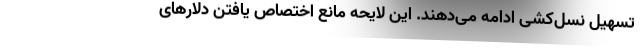
تسهیل نسل‌کشی ادامه می‌دهند. این لایحه مانع اختصاص یافتن دلارهای